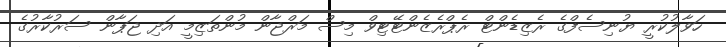
ހަވާލުކުރީ ޔުނިސެފްގެ ރެޒިޑެންޓް ރެޕްރެޒެންޓޭޓިވް މިސް މަރްޖާން މުންތަޒިމީ އަދި ޖަޕާން ސަރުކާރުގެ